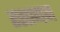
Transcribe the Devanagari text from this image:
रसागम